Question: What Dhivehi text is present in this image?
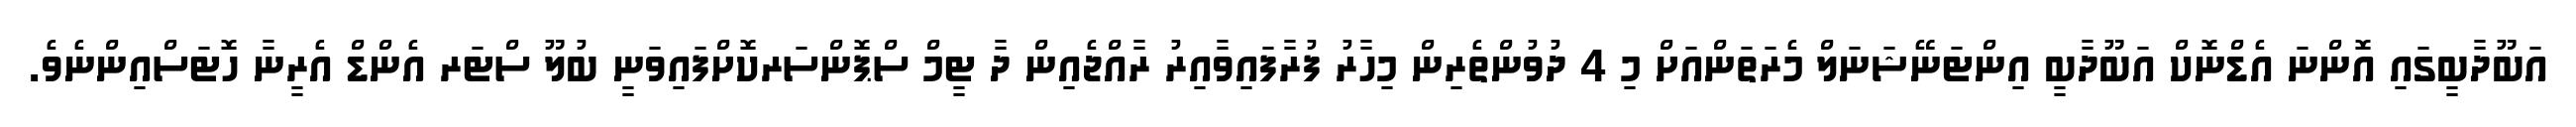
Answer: އަބޫދާބީގައި އޮންނަ އެޑްނޮކް އަބޫދާބީ އިންޓަނޭޝަނަލް މެރަތަންއަށް މި 4 ދުވުންތެރިން މިހާރު ފުރާފައިވާއިރު ރާއްޖެއިން ދާ ޓީމް ސްޕޮންސަރކޮށްފައިވަނީ ބުލޫ ސްޓަރ އެންޑް އެރީނާ ހޮޓަސްއިންނެވެ.